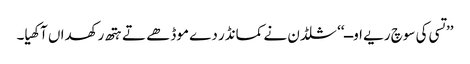
’’تسی کی سوچ ریے اوــ‘‘ شلڈن نے کمانڈر دے موڈھے تے ہتھ رکھداں آکھیا۔